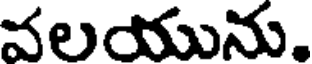
వలయును.